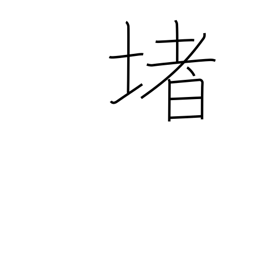
Meaning: railing